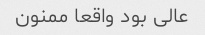
عالی بود واقعا ممنون